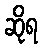
ဆိုရ